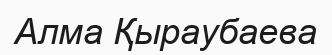
Алма Қыраубаева